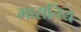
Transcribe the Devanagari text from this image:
भारातिय